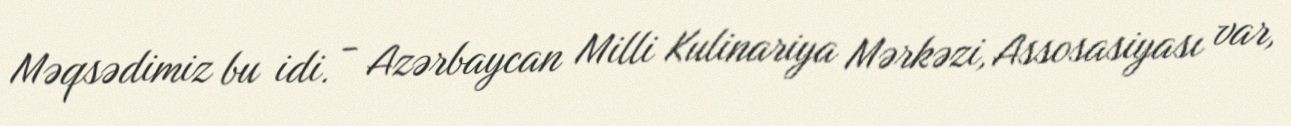
Məqsədimiz bu idi. - Azərbaycan Milli Kulinariya Mərkəzi, Assosasiyası var,